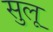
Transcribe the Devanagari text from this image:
सुलू